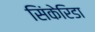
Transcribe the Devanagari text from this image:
सिंकेरिडा